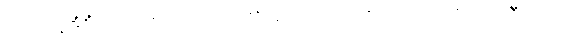
သဿနဒိံဋ္ဌိံ၊ ကို။ ပဇဟတိ၊ ပယ်၏။ စ၊ ထိုမှတပါး။ တဿ၊ ထိုယောဂီ ပုဂ္ဂိုလ်